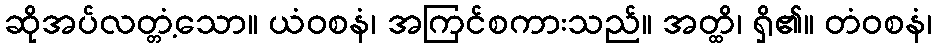
ဆိုအပ်လတ္တံ့သော။ ယံဝစနံ၊ အကြင်စကားသည်။ အတ္ထိ၊ ရှိ၏။ တံဝစနံ၊